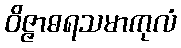
ဝိဇ္ဇာဓရသမာကုလံ